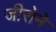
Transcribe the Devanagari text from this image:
जीरोने